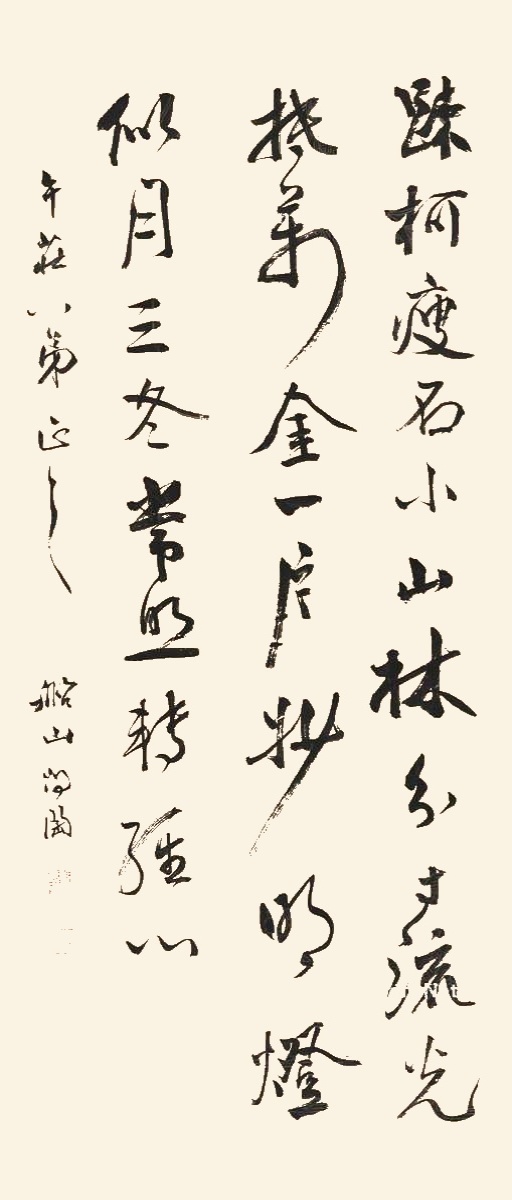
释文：疏柯瘦石小山林，分寸流光抵万金。一片妙明灯似月，三冬常照转经心。午庄八弟正之，船山问陶。